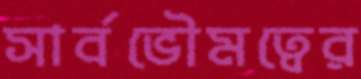
সার্বভৌমত্বের